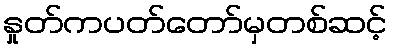
နှုတ်ကပတ်တော်မှတစ်ဆင့်